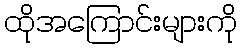
ထိုအကြောင်းများကို